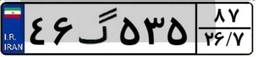
۴۶گ۵۳۵۸۷